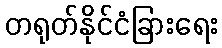
တရုတ်နိုင်ငံခြားရေး